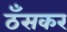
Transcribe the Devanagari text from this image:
ठँसकर